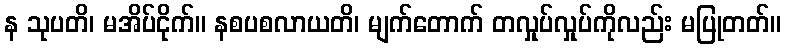
န သုပတိ၊ မအိပ်ငိုက်။ နစပစလာယတိ၊ မျက်တောက် တလှုပ်လှုပ်ကိုလည်း မပြုတတ်။